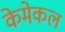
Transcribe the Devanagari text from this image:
केमेकल